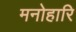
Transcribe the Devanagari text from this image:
मनोहारि